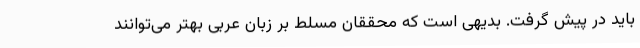
باید در پیش گرفت. بدیهی است که محققان مسلط بر زبان عربی بهتر می‌توانند